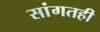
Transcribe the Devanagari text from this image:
सांगतही